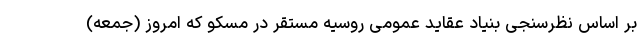
بر اساس نظرسنجی بنیاد عقاید عمومی روسیه مستقر در مسکو که امروز (جمعه)